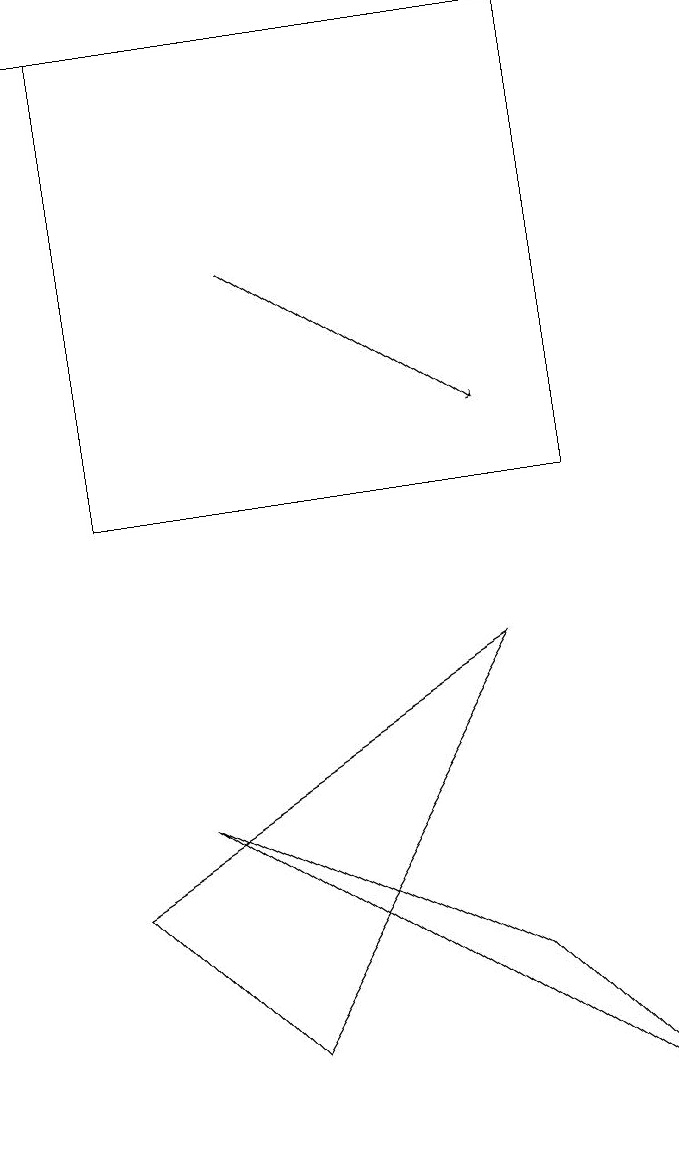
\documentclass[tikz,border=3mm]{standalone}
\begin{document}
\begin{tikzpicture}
\draw[->] (4,14) -- (7,12);
\draw (9,3) -- (7,5) -- (3,7) -- cycle;
\draw (4,4) -- (7,9) -- (2,6) -- cycle;
\draw[->] (8,17) -- (1,17);
\draw (8,11) rectangle (2,17);
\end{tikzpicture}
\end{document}